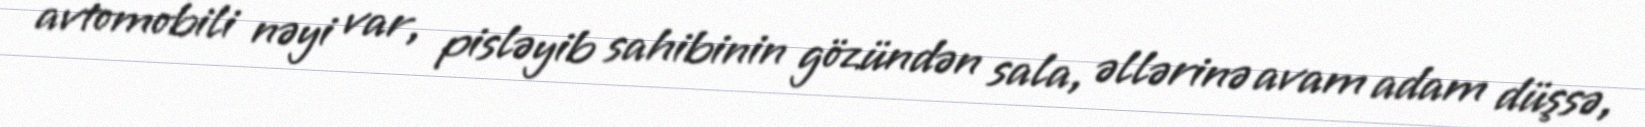
avtomobili nəyi var, pisləyib sahibinin gözündən sala, əllərinə avam adam düşsə,